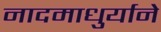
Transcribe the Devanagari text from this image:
नादमाधुर्याने